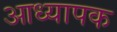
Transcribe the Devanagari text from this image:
आध्यापक